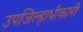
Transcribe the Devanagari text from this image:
उपजिल्हाधीकारी